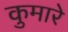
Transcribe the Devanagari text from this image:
कुमारे